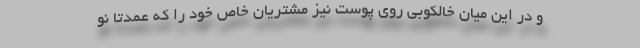
و در این میان خالکوبی روی پوست نیز مشتریان خاص خود را که عمدتا نو